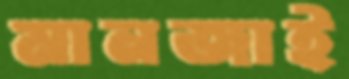
মানজাই